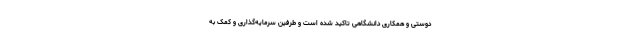
دوستی و همکاری دانشگاهی تاکید شده است و طرفین سرمایه‌گذاری و کمک به